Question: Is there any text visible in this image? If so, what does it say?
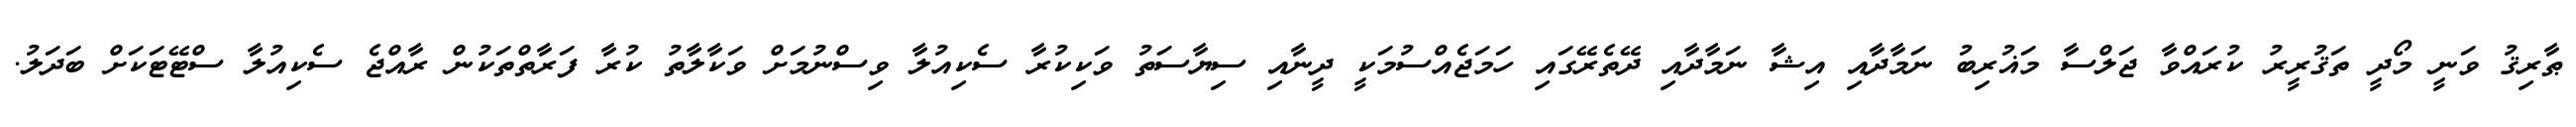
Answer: ޠާރިޤު ވަނީ މޯދީ ތަޤުރީރު ކުރައްވާ ޖަލްސާ މަޣުރިބު ނަމާދާއި އިޝާ ނަމާދާއި ދޭތެރޭގައި ހަމަޖެއްސުމަކީ ދީނާއި ސިޔާސަތު ވަކިކުރާ ސެކިއުލާ ވިސްނުމަށް ވަކާލާތު ކުރާ ފަރާތްތަކުން ރާއްޖެ ސެކިއުލާ ސްޓޭޓަކަށް ބަދަލު.